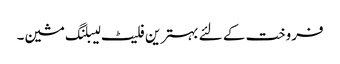
فروخت کے لئے بہترین فلیٹ لیبلنگ مشین۔